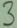
Text: 3